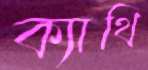
ক্যাথি